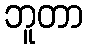
ဘူတာ